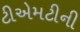
ટીએમટીની